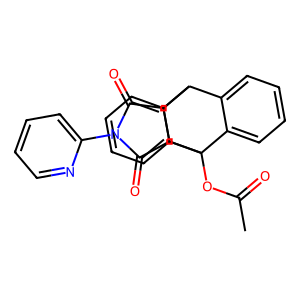
SMILES: CC(=O)OC12c3ccccc3C(c3ccccc31)C1C(=O)N(c3ccccn3)C(=O)C12
Inhibits HIV replication: No